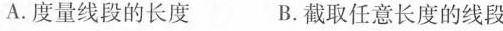
A.度量线段的长度 B.截取任意长度的线段